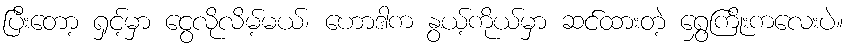
ပြီးတော့ ရှင့်မှာ ငွေလိုလိမ့်မယ်၊ ဟောဒါက နွယ့်ကိုယ်မှာ ဆင်ထားတဲ့ ရွှေကြိုးကလေးပဲ။